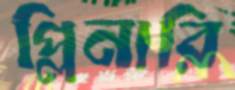
প্লিনারি